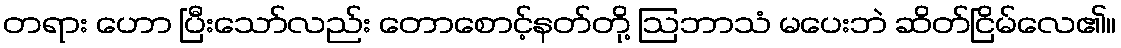
တရား ဟော ပြီးသော်လည်း တောစောင့်နတ်တို့ ဩဘာသံ မပေးဘဲ ဆိတ်ငြိမ်လေ၏။